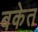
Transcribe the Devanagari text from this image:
बकेत